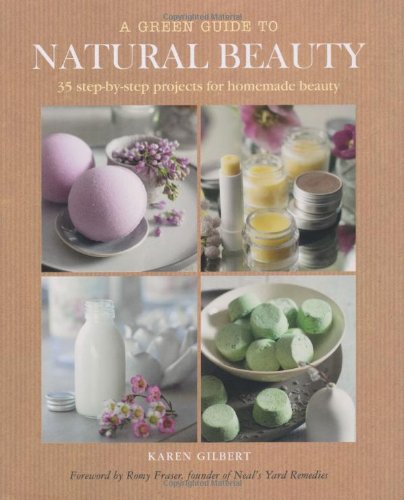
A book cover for A Green Guide to Natural Beauty; Karen Gilbert; Crafts, Hobbies & Home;